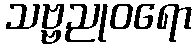
သဗ္ဗညုဝရော